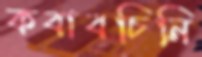
কবাবচিনি